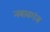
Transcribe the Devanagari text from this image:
नबाबगंज